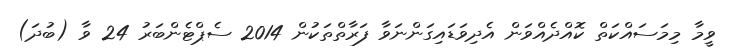
ވީމާ މިމަސައްކަތް ކޮއްދެއްވަން އެދިވަޑައިގަންނަވާ ފަރާތްތަކުން 2014 ސެޕްޓެންބަރު 24 ވާ (ބުދަ)